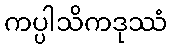
ကပ္ပါသိကဒုဿံ